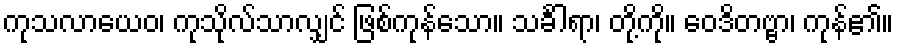
ကုသလာယေဝ၊ ကုသိုလ်သာလျှင် ဖြစ်ကုန်သော။ သင်္ခါရာ၊ တို့ကို။ ဝေဒိတဗ္ဗာ၊ ကုန်၏။